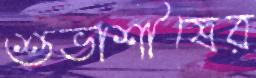
শুভাশীষের